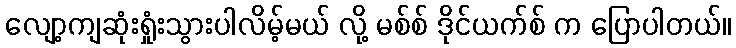
လျော့ကျဆုံးရှုံးသွားပါလိမ့်မယ် လို့ မစ်စ် ဒိုင်ယက်စ် က ပြောပါတယ်။